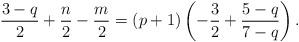
LaTeX: \begin{align*}\frac{3-q}{2} +\frac{n}{2} -\frac{m}{2} =\left( p+1 \right) \left( -\frac{3}{2} + \frac{5-q}{7-q}\right) .\end{align*}